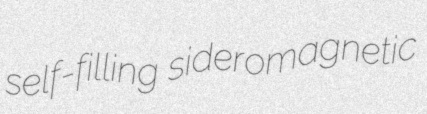
self-filling sideromagnetic